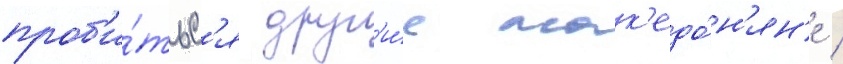
проб'и́тьс'я друг'и́е мак'едо́н'ян'е /